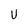
Character: U